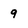
Character: 9